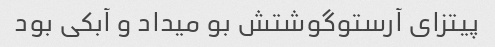
پیتزای آرستو‌گوشتش بو میداد و آبکی بود